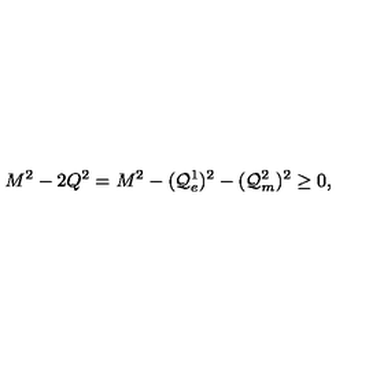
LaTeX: M ^ { 2 } - 2 Q ^ { 2 } = M ^ { 2 } - ( { \cal Q } _ { e } ^ { 1 } ) ^ { 2 } - ( { \cal Q } _ { m } ^ { 2 } ) ^ { 2 } \geq 0 ,